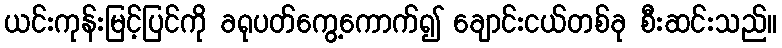
ယင်းကုန်းမြင့်ပြင်ကို ခရုပတ်ကွေ့ကောက်၍ ချောင်းငယ်တစ်ခု စီးဆင်းသည်။